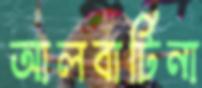
আলবার্টিনা